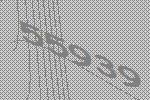
55939